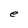
Character: e